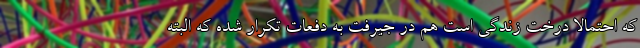
که احتمالا درخت زندگی است هم در جیرفت به دفعات تکرار شده که البته